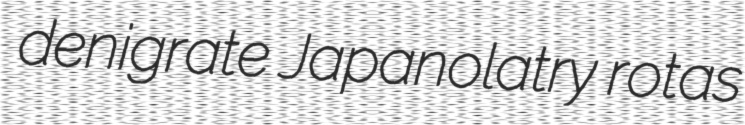
denigrate Japanolatry rotas